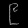
Digit: ၉